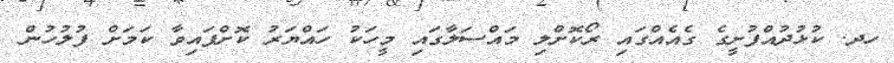
ހދ. ކުޅުދުއްފުށީގެ ގެއެއްގައި ރޯކޮށްލި މައްސަލާގައި މީހަކު ހައްޔަރު ކޮށްފައިވާ ކަމަށް ފުލުހުން